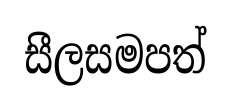
සීලසමපත්